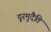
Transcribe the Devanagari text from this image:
दूरमुदैति